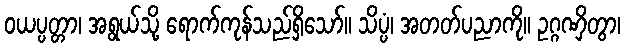
ဝယပ္ပတ္တာ၊ အရွယ်သို့ ရောက်ကုန်သည်ရှိသော်။ သိပ္ပံ၊ အတတ်ပညာကို။ ဥဂ္ဂဏှိတွာ၊